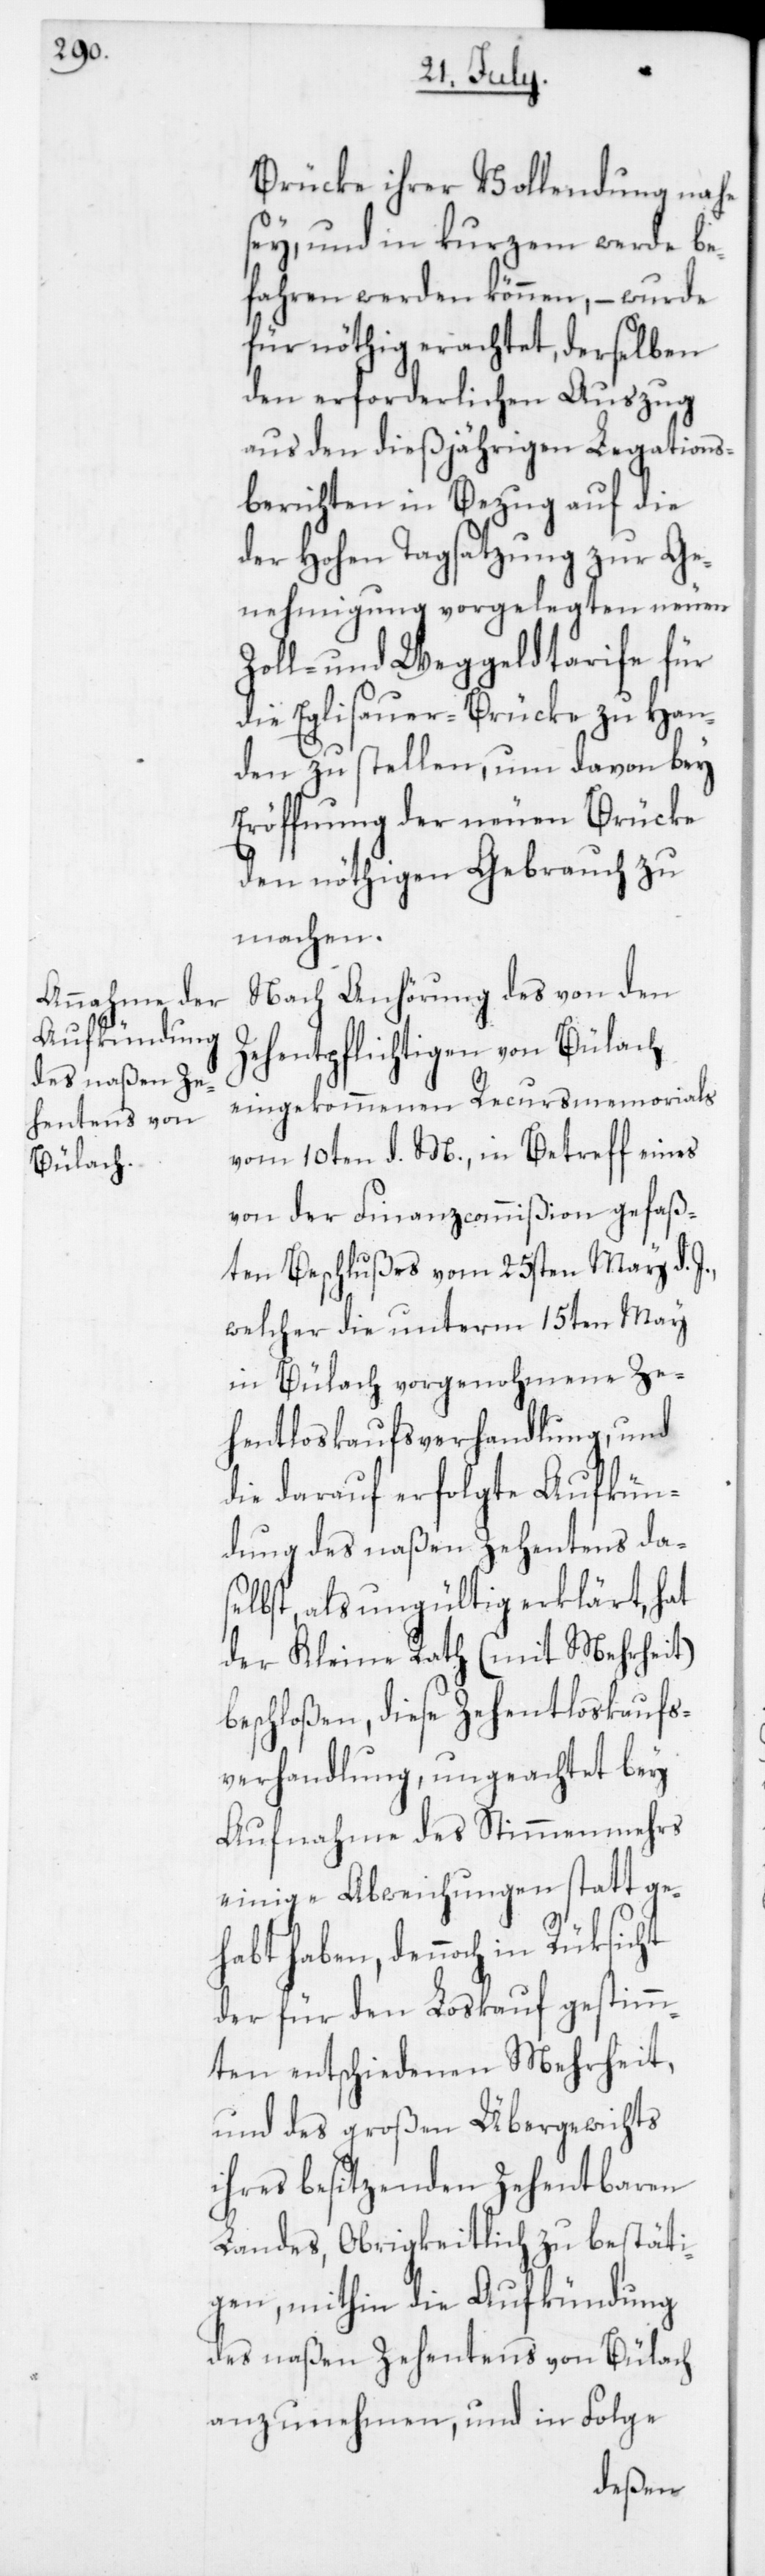
Brücke ihrer Vollendung nahe
sey, und in kurzem werde be¬
fahren werden können, – wurde
für nöthig erachtet, derselben
den erforderlichen Auszug
aus den dießjährigen Legations¬
berichten in Bezug auf die
der Hohen Tagsatzung zur Ge¬
nehmigung vorgelegten neuen
Zoll- und Weggeldtarife für
die Eglisauer-Brücke zu Han¬
den zu stellen, um davon bey
Eröffnung der neuen Brücke
den nöthigen Gebrauch zu
machen.
Nach Anhörung des von den
Zehentpflichtigen von Bülach
eingekommenen Recursmemorials
vom 10ten d. M., in Betreff eines
von der Finanzcommißion gefaß¬
ten Beschlußes vom 25sten May d.
welcher die unterm 15ten May
in Bülach vorgenohmene Ze¬
hentloskaufsverhandlung, und
die darauf erfolgte Aufkün¬
dung des naßen Zehentens das¬
elbst, als ungültig erklärt, hat
der Kleine Rath (mit Mehrheit)
beschloßen, diese Zehentloskaufs¬
verhandlung, ungeachtet bey
Aufnahme des Stimmenmehrs
einige Abweichungen statt ge¬
habt haben, dennoch in Rüksicht
der für den Loskauf gestimm¬
ten entschiedenen Mehrheit,
und des großen Übergewichts
ihres besitzenden Zehentbaren
Landes, Obrigkeitlich zu bestäti¬
gen, mithin die Aufkündung
des naßen Zehentens von Bülach
anzunehmen, und in Folge